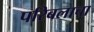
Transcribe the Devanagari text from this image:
परिबलाचा